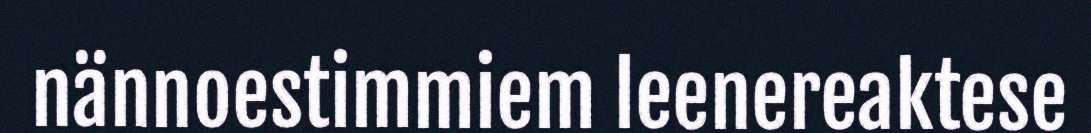
nännoestimmiem leenereaktese